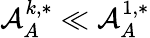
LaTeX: \mathcal{A}_{A}^{k,*}\ll\mathcal{A}_{A}^{1,*}